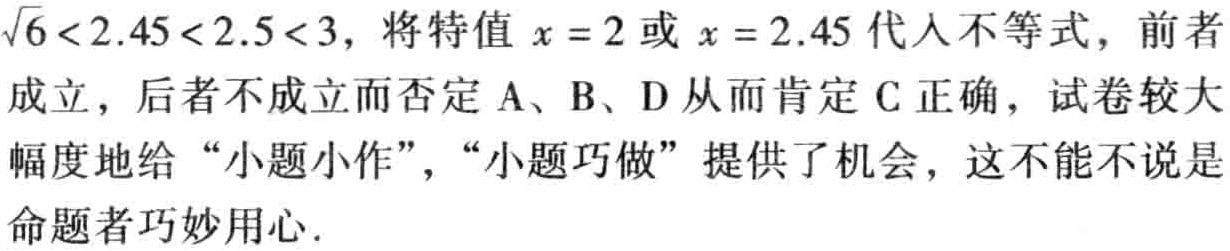
$\sqrt{6}<2.45<2.5<3$，将特值$x = 2$或$x = 2.45$代入不等式，前者成立，后者不成立而否定A、B、D从而肯定C正确，试卷较大幅度地给“小题小作”，“小题巧做”提供了机会，这不能不说是命题者巧妙用心.